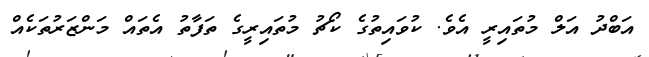
އަބްދު އަލް މުތައިރީ އެވެ. ކުވައިތުގެ ކޯޗު މުތައިރީގެ ތަފާތު އެތައް މަންޒަރުތަކެއް